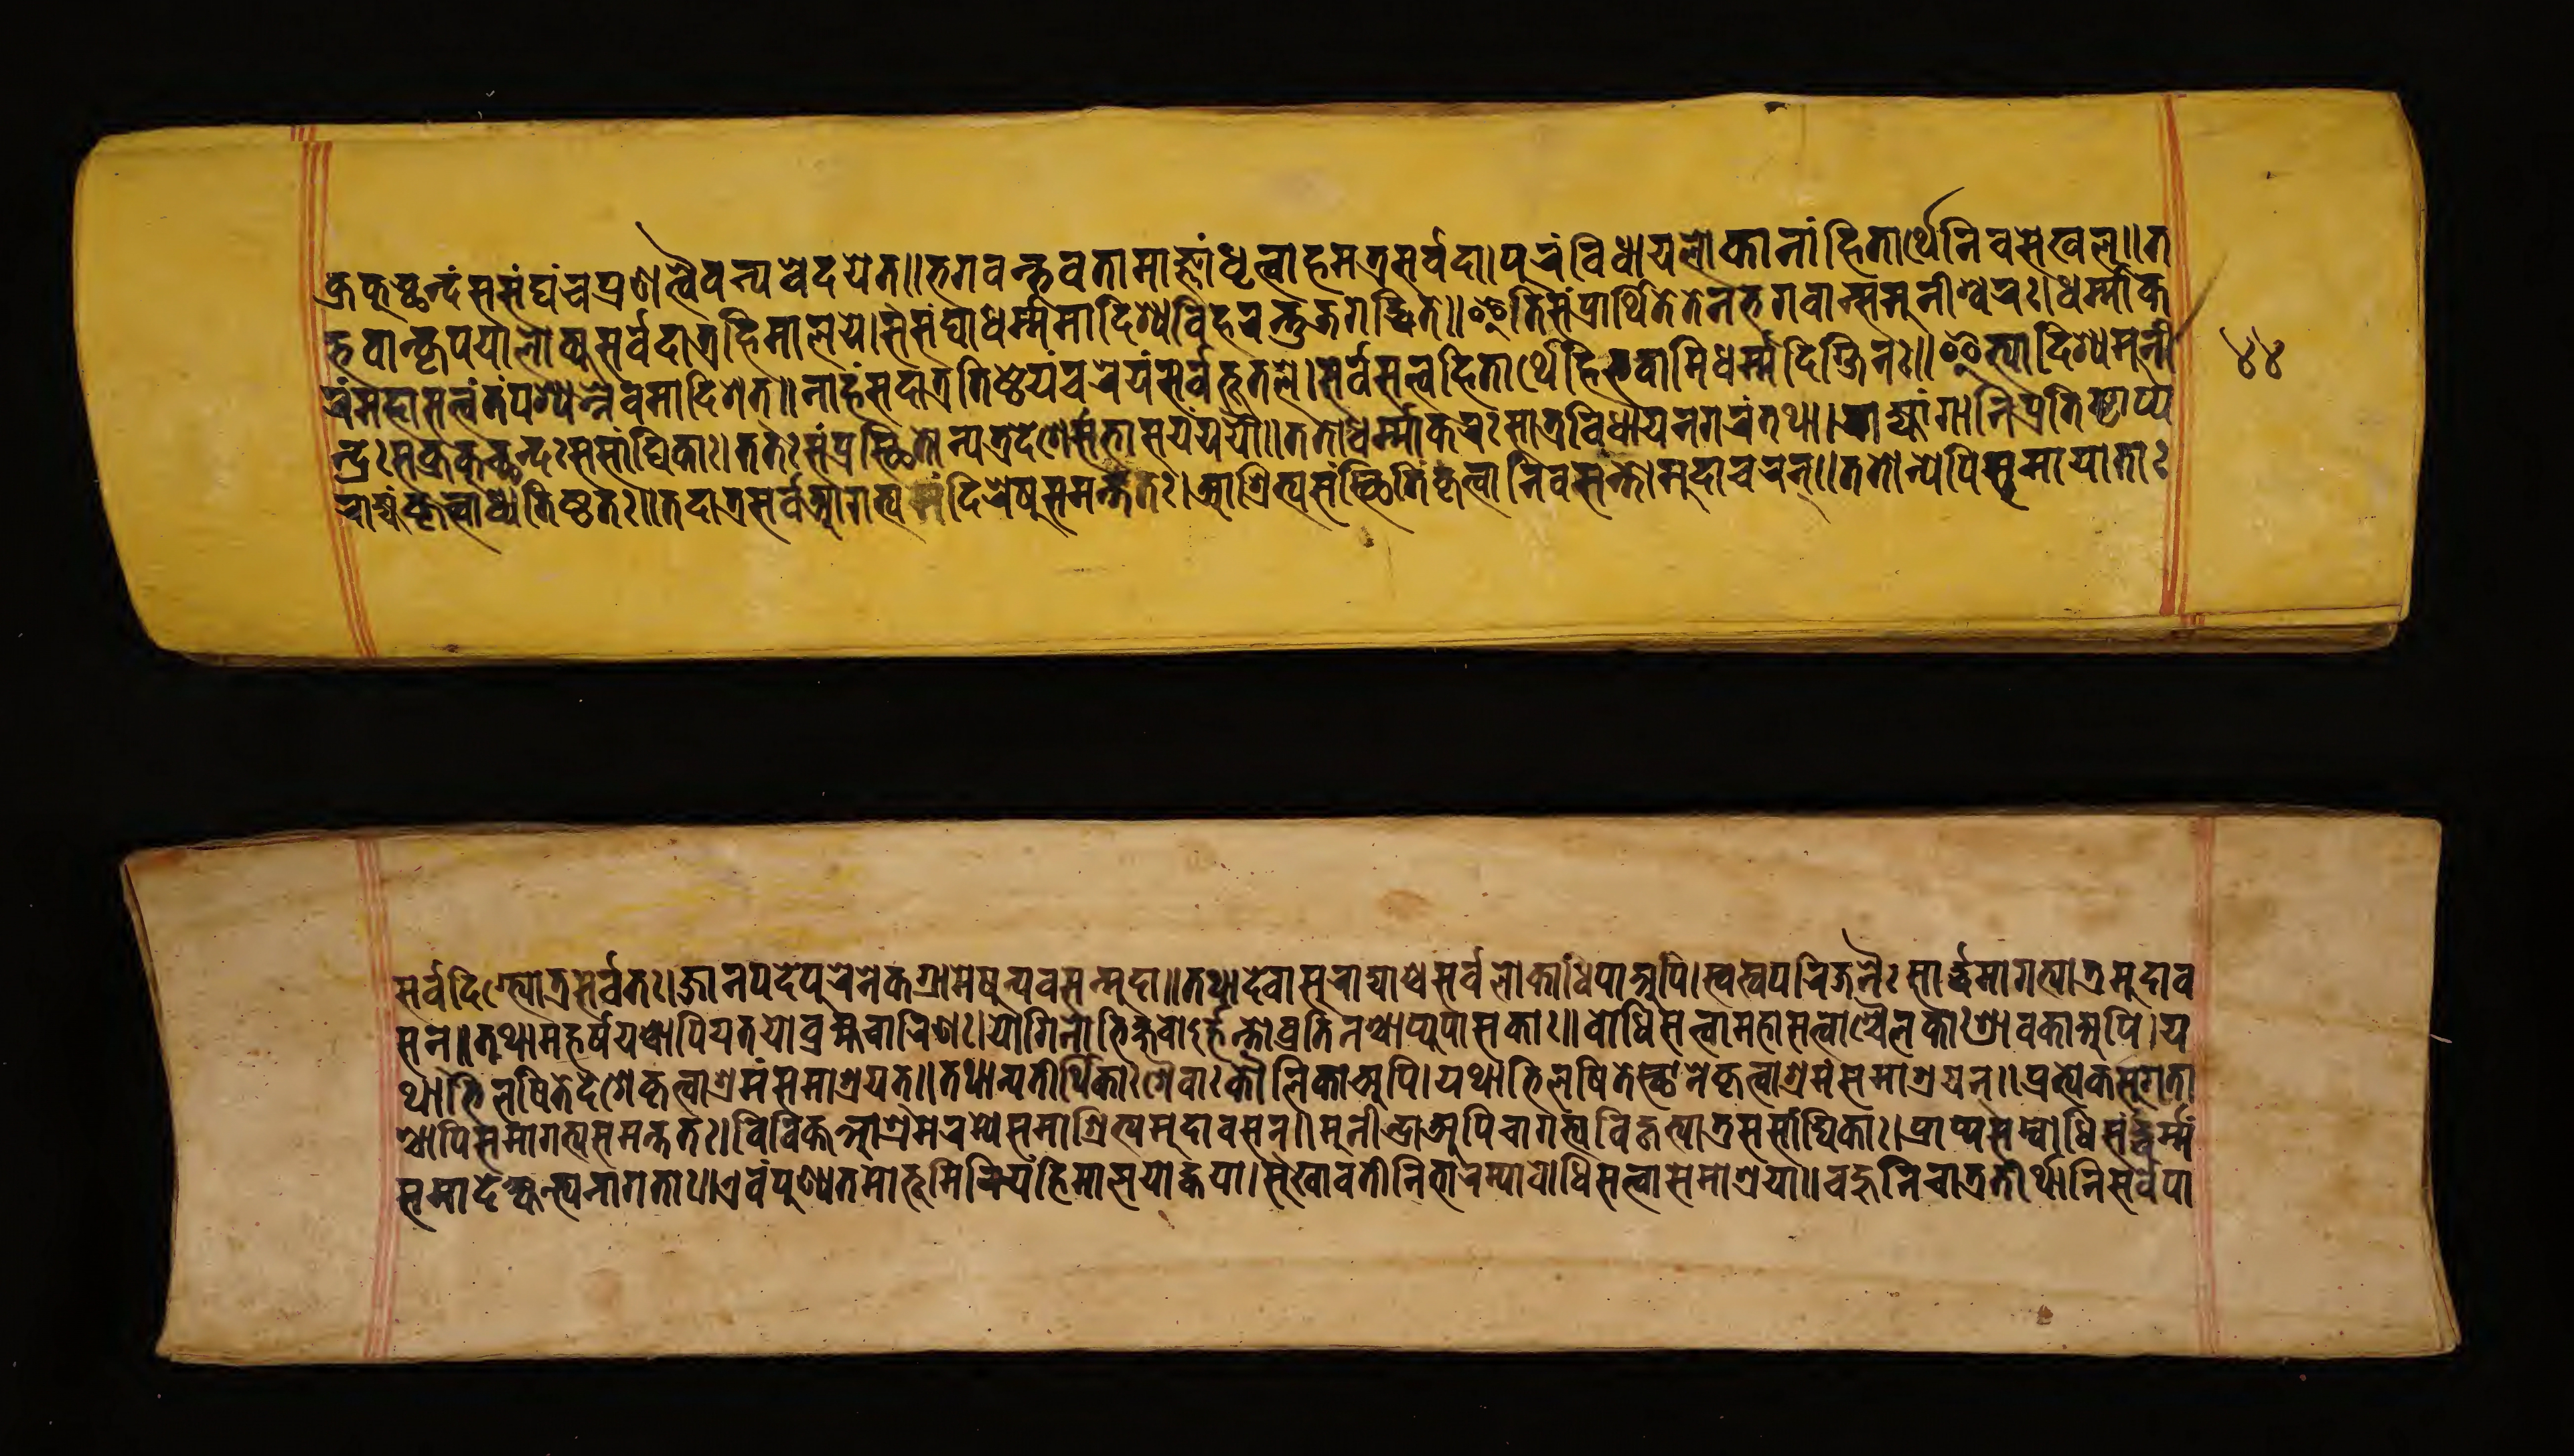
𑐎𑑂𑐬𑐎𑐸𑐔𑑂𑐕𑐣𑑂𑐡𑐳𑐳𑑄𑐑𑑄𑐫𑐥𑑂𑐬𑐞𑐟𑑂𑐰𑐾𑐰𑑄𑐣𑑂𑐫𑐰𑐾𑐡𑐫𑐟॥𑐨𑐐𑐰𑐣𑑂𑐨𑐰𑐟𑐵𑐩𑐵𑐖𑑂𑐘𑐵𑑄𑐢𑐺𑐟𑑂𑐰𑐵𑐴𑐩𑐟𑑂𑐬𑐳𑐬𑑂𑐰𑐡𑐵।𑐥𑐸𑐬𑑄𑐰𑐶𑐢𑐵𑐫𑐮𑑀𑐎𑐵𑐣𑐵𑑄𑐴𑐶𑐟𑐵𑐬𑑂𑐠𑐾𑐣𑐶𑐰𑐳𑐾𑐏𑐮𑐸॥𑐟 𑐨𑐰𑐵𑐣𑑂𑐎𑐺𑐥𑐫𑐵𑐮𑑀𑐎𑑂𑐫𑐳𑐬𑑂𑐰𑐡𑐵𑐟𑑂𑐬𑐴𑐶𑐩𑐵𑐮𑐫𑐾।𑐳𑐳𑑄𑐑𑑀𑐢𑐬𑑂𑐩𑑂𑐩𑐩𑐵𑐡𑐶𑐱𑑂𑐫𑐰𑐶𑐴𑐬𑑄𑐟𑐸𑐖𑐐𑐡𑑂𑐢𑐶𑐟𑐾॥𑐂𑐟𑐶𑐳𑑄𑐥𑑂𑐬𑐵𑐬𑑂𑐠𑐶𑐟𑐾𑐟𑐾𑐣𑐨𑐐𑐰𑐵𑐣𑑂𑐳𑐩𑐸𑐣𑐷𑐱𑑂𑐰𑐬𑑅।𑐢𑐬𑑂𑐩𑑂𑐩𑐵𑐎 𑐬𑑄𑐩𑐴𑐵𑐳𑐟𑑂𑐟𑑂𑐰𑑄𑐟𑑄𑐥𑐱𑑂𑐫𑐣𑑂𑐣𑐾𑐰𑐩𑐰𑑂𑐬𑐰𑐷𑐟𑑂॥𑐣𑐵𑐴𑑄𑐳𑐡𑐵𑐟𑑂𑐬𑐟𑐶𑐲𑑂𑐛𑐾𑐫𑑄𑐔𑐬𑐾𑐫𑑄𑐳𑐬𑑂𑐰𑐨𑐹𑐟𑐮𑐾।𑐳𑐬𑑂𑐰𑐳𑐟𑑂𑐟𑑂𑐰𑐴𑐶𑐟𑐵𑐬𑑂𑐠𑐴𑐶𑐨𑐰𑐵𑐩𑐶𑐢𑐬𑑂𑐩𑑂𑐩𑐡𑐶𑐎𑑂𑐲𑐶𑐞𑑅॥𑐂𑐟𑑂𑐫𑐵𑐡𑐶𑐱𑑂𑐫𑐩𑐸𑐣𑐷 𑐣𑑂𑐡𑑂𑐬𑐾𑐞𑐎𑑂𑐬𑐎𑐸𑐕𑐣𑑂𑐡𑑅𑐳𑐳𑐵𑑄𑐢𑐶𑐎𑑅।𑐟𑐟𑑅𑐳𑑄𑐥𑑂𑐬𑐳𑑂𑐠𑐶𑐟𑑀𑐣𑑂𑐫𑐟𑑂𑐬𑐡𑐾𑐱𑐾𑑄𑐳𑑄𑐨𑐵𑐲𑐫𑐣𑑂𑐫𑐫𑑁॥𑐟𑐟𑑀𑐢𑐬𑑂𑐩𑐵𑐎𑐬𑑅𑐳𑑀𑐟𑑂𑐬𑐰𑐶𑐢𑐵𑐫𑐣𑐐𑐬𑑄𑐟𑐠𑐵।𑐬𑐵𑐖𑑂𑐫𑐵𑑄𑐐𑐵𑐣𑐶𑐥𑑂𑐬𑐟𑐶𑐳𑑂𑐠𑐵𑐥𑑂𑐫 𑐬𑐵𑐖𑑂𑐫𑑄𑐎𑐺𑐟𑑂𑐰𑐵𑐢𑑂𑐫𑐟𑐶𑐲𑑂𑐛𑐟𑑅॥𑐟𑐡𑐵𑐟𑑂𑐬𑐳𑐬𑑂𑐰𑐾𑐁𑐐𑐟𑑂𑐫𑐩𑐣𑑂𑐡𑐶𑐬𑐾𑐲𑐸𑐳𑐩𑐣𑑂𑐟𑐟𑑅।𑐁𑐱𑑂𑐬𑐶𑐟𑑂𑐫𑐳𑑄𑐳𑑂𑐠𑐶𑐟𑐶𑑄𑐎𑐺𑐟𑑂𑐰𑐵𑐣𑐶𑐰𑐳𑐣𑑂𑐟𑑀𑐩𑐸𑐡𑐵𑐔𑐬𑐣𑑂॥𑐟𑐟𑑀𑐣𑑂𑐫𑐾𑐥𑐶𑐳𑐩𑐵𑐫𑐵𑐟𑐵𑑅 𑐳𑐬𑑂𑐰𑐡𑐶𑐐𑑂𑐨𑑂𑐫𑑀𑐟𑑂𑐬𑐳𑐬𑑂𑐰𑐟𑑅।𑐖𑐵𑐣𑐥𑐡𑐾𑐥𑐸𑐬𑐾𑐣𑐾𑐎𑑄𑐐𑑂𑐬𑐵𑐩𑐾𑐲𑐸𑐣𑑂𑐫𑐰𑐳𑐣𑑂𑐩𑐸𑐡𑐵॥𑐟𑐠𑐵𑐡𑐾𑐰𑐵𑐳𑐸𑐬𑐵𑐡𑑂𑐫𑐵𑐱𑑂𑐔𑐳𑐬𑑂𑐰𑐾𑐮𑑀𑐎𑐵𑐢𑐶𑐥𑐵𑐀𑐥𑐶।𑐳𑑂𑐰𑐳𑑂𑐰𑐥𑐬𑐶𑐖𑐣𑐿𑑅𑐳𑐵𑐬𑑂𑐡𑑂𑐢𑑄𑐁𑐐𑐟𑑂𑐫𑐵𑐟𑑂𑐬𑐩𑐸𑐡𑐵𑐰 𑐳𑐣𑑂॥𑐟𑐠𑐵𑐩𑐴𑐬𑑂𑐲𑐫𑐱𑑂𑐔𑐵𑐥𑐶𑐫𑐟𑐫𑑀𑐧𑑂𑐬𑐴𑑂𑐩𑐔𑐵𑐬𑐶𑐞𑑅।𑐫𑑀𑐐𑐶𑐣𑑀𑐨𑐶𑐎𑑂𑐲𑐰𑑀𑐬𑑂𑐴𑐣𑑂𑐟𑑀𑐰𑑂𑐬𑐟𑐶𑐣𑐱𑑂𑐔𑐵𑐥𑑂𑐫𑐸𑐥𑐵𑐳𑐎𑐵𑑅॥𑐧𑑀𑐢𑐶𑐳𑐟𑑂𑐟𑑂𑐰𑐵𑐩𑐴𑐵𑐳𑐟𑑂𑐟𑑂𑐰𑐵𑐱𑑂𑐔𑐿𑐮𑐎𑐵𑑅𑐱𑑂𑐬𑐵𑐰𑐎𑐵𑐀𑐥𑐶।𑐫 𑐠𑐵𑐨𑐶𑐮𑐲𑐶𑐟𑐾𑐡𑐾𑐱𑐾𑐎𑐺𑐟𑑂𑐰𑐵𑐱𑑂𑐬𑐩𑑄𑐳𑐩𑐵𑐱𑑂𑐬𑐫𑐟𑑂॥𑐟𑐠𑐵𑐣𑑂𑐫𑐟𑐷𑐬𑑂𑐠𑐶𑐎𑐵𑑅𑐱𑐿𑐰𑐵𑐰𑐿𑐲𑑂𑐞𑐰𑐵𑑅𑐎𑑁𑐮𑐶𑐎𑐵𑐀𑐥𑐶।𑐫𑐠𑐵𑐨𑐶𑐮𑐲𑐶𑐟𑐾𑐳𑑂𑐠𑐵𑐣𑐾𑐎𑐺𑐟𑑂𑐰𑐵𑐱𑑂𑐬𑐩𑑄𑐳𑐩𑐵𑐱𑑂𑐬𑐫𑐣𑑂॥𑐥𑑂𑐬𑐟𑑂𑐫𑐾𑐎𑐳𑐸𑐐𑐟𑐵 𑐱𑑂𑐔𑐵𑐥𑐶𑐳𑐩𑐵𑐐𑐟𑑂𑐫𑐳𑐩𑐣𑑂𑐟𑐟𑑅।𑐰𑐶𑐰𑐶𑐎𑑂𑐟𑐾𑐁𑐱𑑂𑐬𑐩𑐾𑐬𑐩𑑂𑐫𑐾𑐳𑐩𑐵𑐱𑑂𑐬𑐶𑐟𑑂𑐫𑐩𑐸𑐡𑐵𑐰𑐳𑐣𑑂॥𑐩𑐸𑐣𑐷𑐣𑑂𑐡𑑂𑐬𑐵𑐀𑐥𑐶𑐔𑐵𑐐𑐟𑑂𑐫𑐰𑐶𑐴𑐺𑐟𑑂𑐫𑐵𑐟𑑂𑐬𑐳𑐳𑐵𑑄𑐢𑐶𑐎𑐵𑑅।𑐥𑑂𑐬𑐵𑐬𑑂𑐫𑐳𑐩𑑂𑐧𑑀𑐢𑐶𑐳𑐡𑑂𑐢𑐬𑑂𑐩𑑂𑐩𑑄 𑐳𑐩𑐵𑐡𑐾𑐱𑑂𑐫𑐣𑑂𑐟𑑂𑐰𑐬𑐵𑐐𑐟𑐵𑑅॥𑐊𑐰𑑄𑐥𑐸𑐞𑑂𑐫𑐟𑐩𑐵𑐨𑐹𑐩𑐷𑐬𑐶𑐫𑑄𑐴𑐶𑐩𑐵𑐮𑐫𑐵𑐡𑑂𑐎𑐫𑐵।𑐳𑐸𑐏𑐵𑐰𑐟𑐶𑐣𑐶𑐨𑐵𑐬𑐩𑑂𑐫𑐵𑐧𑑀𑐢𑐶𑐳𑐟𑑂𑐟𑑂𑐰𑐳𑐩𑐵𑐱𑑂𑐬𑐫॥𑐰𑐴𑐹𑐣𑐶𑐔𑐵𑐟𑑂𑐬𑐟𑐷𑐬𑑂𑐠𑐵𑐣𑐶𑐳𑐬𑑂𑐰𑐥𑐵 𑑔𑑔